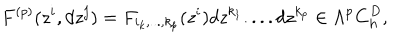
F ^ { ( p ) } ( z ^ { i } , d z ^ { j } ) = F _ { i _ { k } , . . . , k _ { p } } ( z ^ { i } ) d z ^ { k _ { 1 } } . . . . d z ^ { k _ { p } } \in \Lambda ^ { p } { \bf C } _ { \mathrm { h } } ^ { D } ,